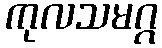
ကုလသမဂ္ဂ